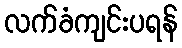
လက်ခံကျင်းပရန်